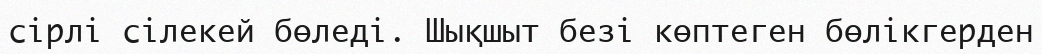
сірлі сілекей бөледі. Шықшыт безі көптеген бөлікгерден